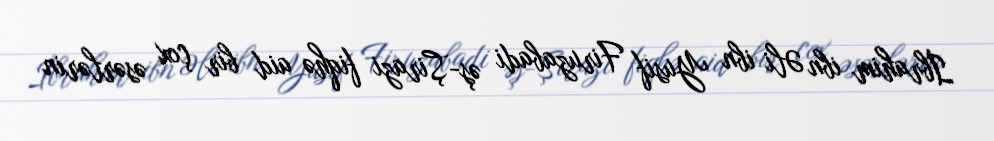
İbrahim ibn Əli ibn Yusif Firuzabadi əş-Şirazi fiqhə aid bir çox əsərlərin